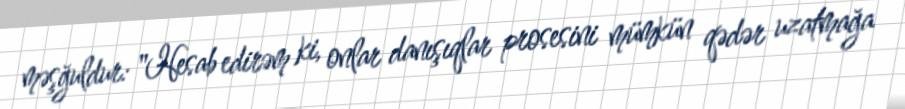
məşğuldur: "Hesab edirəm ki, onlar danışıqlar prosesini mümkün qədər uzatmağa